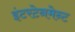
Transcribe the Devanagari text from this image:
इंटरटेनमेन्ट